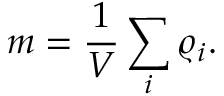
m = \frac { 1 } { V } \sum _ { i } \varrho _ { i } .